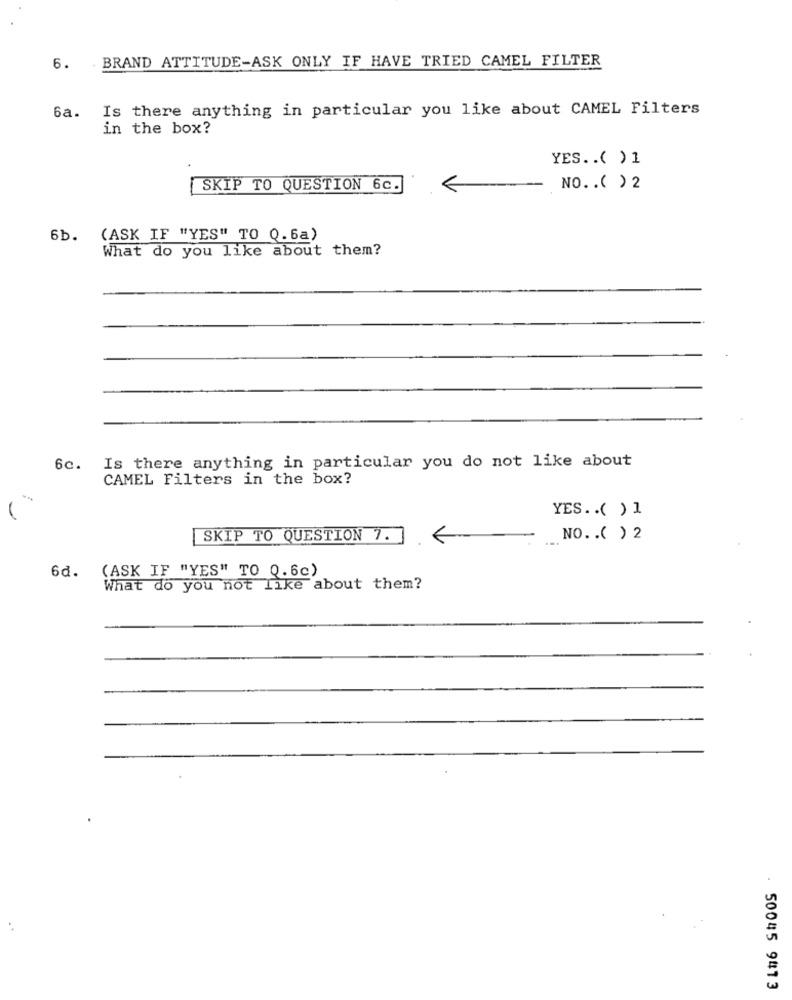
6. BRAND ATTITUDE-ASK ONLY IF HAVE TRIED CAMEL FILTER
6a.
Is there anything in particular you like about CAMEL Filters
in the box?
YES .. ( ) 1
SKIP TO QUESTION 6c.
NO .. ( )2
6b.
(ASK IF "YES" TO Q.6a)
What do you like about them?
Is there anything in particular you do not like about
6c.
CAMEL Filters in the box?
YES .. ( ) 1
SKIP TO QUESTION 7.
...
NO .. ( ) 2
(ASK IF "YES" TO Q.6c)
6d.
What do you not like about them?
50045 9413